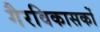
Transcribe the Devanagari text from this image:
गैरविकासकों